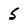
Character: 5